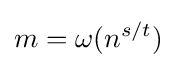
m=\omega (n^{s/t})